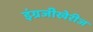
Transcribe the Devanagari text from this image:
इंग्रजीखेरीज